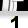
Digit: 1